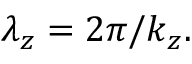
\lambda _ { z } = 2 \pi / k _ { z } .